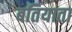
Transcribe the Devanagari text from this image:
बतियाता